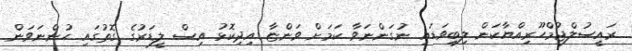
ރައީސުލްޖުމްހޫރިއްޔާކަން ލިބިވަޑައި ނުގަންނަވާ ކަމަށް ވަންޏާ އިދިކޮޅު އިސް ލީޑަރުގެ ގޮތުގައި ހުންނަވަން